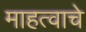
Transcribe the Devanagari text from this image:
माहत्वाचे